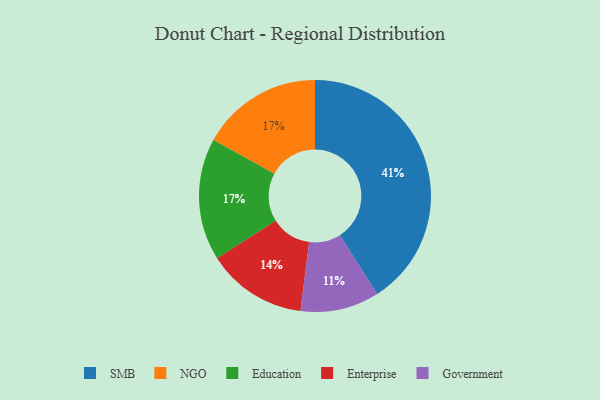
{"axis": {"x": "Category", "y": "Percentage"}, "legend": ["Education", "Enterprise", "Government", "NGO", "SMB"], "data": [{"x": "NGO", "y": 17, "type": "NGO"}, {"x": "Education", "y": 17, "type": "Education"}, {"x": "Government", "y": 11, "type": "Government"}, {"x": "SMB", "y": 41, "type": "SMB"}, {"x": "Enterprise", "y": 14, "type": "Enterprise"}]}